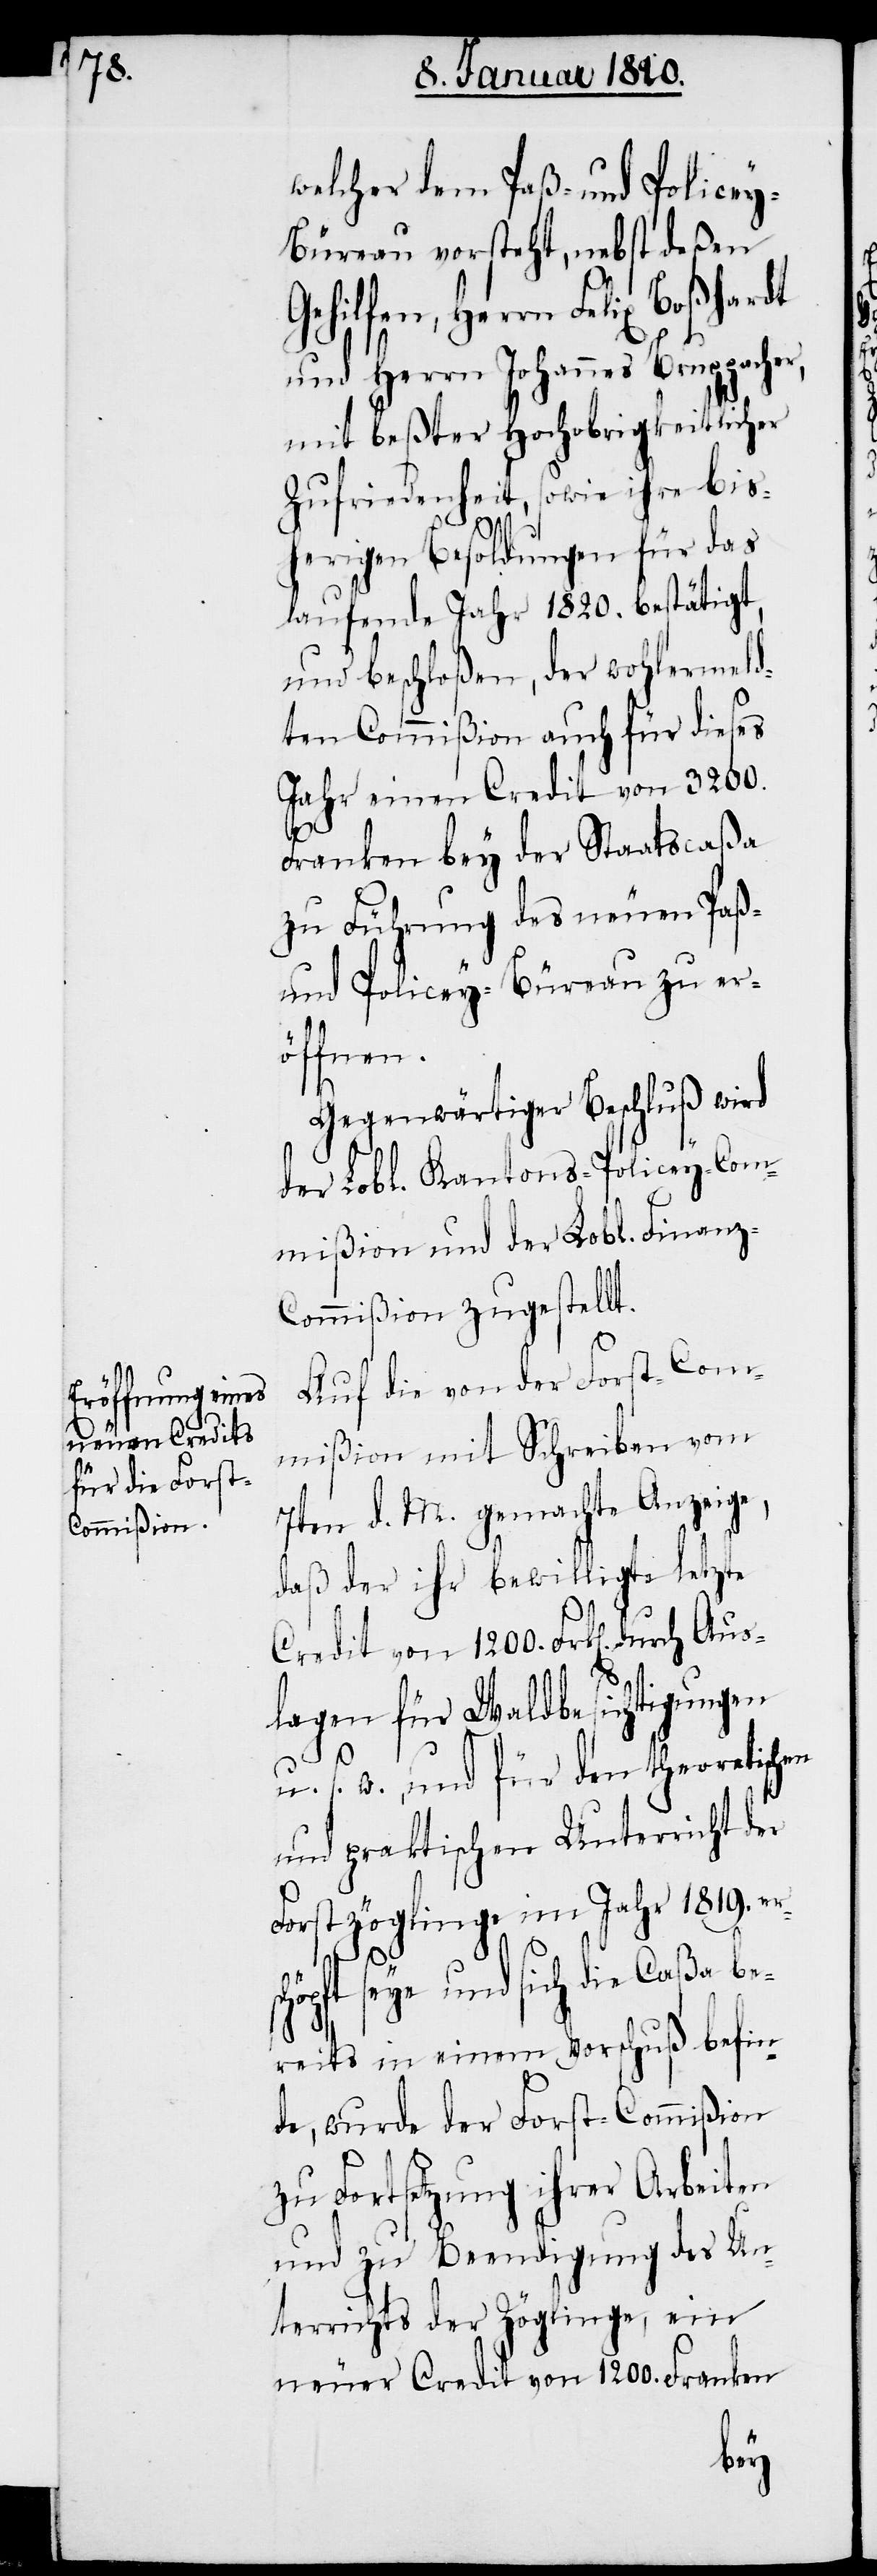
welcher dem Paß- und Police¬
y-Büreau vorsteht, nebst deßen
Gehilfen, Herrn Felix Boßhardt
und Herrn Johannes Bruppache¬
mit beßter Hochobrigkeitlicher
Zufriedenheit, sowie ihre bis¬
herigen Besoldungen für das
laufende Jahr 1820. bestätigt,
und beschloßen, der wohlermeld¬
ten Commißion auch für dieses
Jahr einen Credit von 3200.
r,
Franken bey der Staatscaßa
zu Führung des neuen Paß-
und Policey-Büreau zu er¬
öffnen.
Gegenwärtiger Beschluß wird
der Lobl. Kantons-Policey-Com¬
mißion und der Lobl. Finan¬
z-Commißion zugestellt.
Auf die von der Forst-Com¬
mißion mit Schreiben vom
7ten d. M. gemachte Anzeige,
daß der ihr bewilligte letzte
Credit von 1200. Frk[en]. durc¬
lagen für Waldbesichtigungen
h
u. s. w. , und für den theoretischen
und praktischen Unterricht der
Forstzöglinge im Jahr 1819. er¬
schöpft seye und sich die Caßa be¬
reits in einem Vorschuß befin¬
de, wurde der Forst-Commißion
zu Fortsetzung ihrer Arbeiten
und zu Beendigung des Un¬
terrichtes der Zöglinge, ein
neuer Credit von 1200. Franken
Aus¬